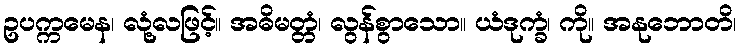
ဥပက္ကမေန၊ လုံ့လဖြင့်။ အဓိမတ္တံ၊ လွန်စွာသော။ ယံဒုက္ခံ၊ ကို။ အနုဘောတိ၊